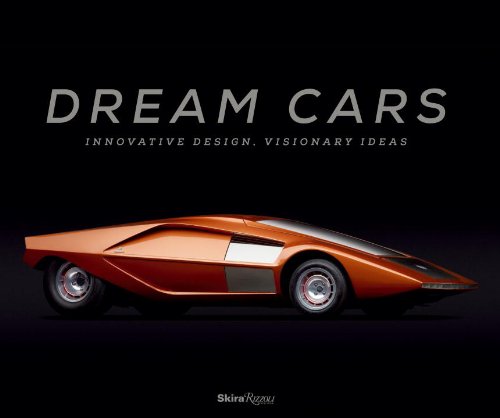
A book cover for Dream Cars: Innovative Design, Visionary Ideas; Sarah Schleuning; Engineering & Transportation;